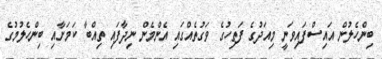
ބިންހެލުން އައިސްފައިވަނީ މިއަދުގެ ފަތިހުގެ ވަގުތެއްގައި އެންމެން ނިދާފައި ތިއްބާ ކަމަށާއި ބިންހެލުމުގެ